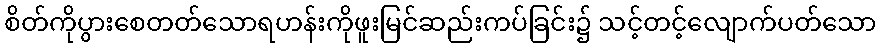
စိတ်ကိုပွားစေတတ်သောရဟန်းကိုဖူးမြင်ဆည်းကပ်ခြင်း၌ သင့်တင့်လျောက်ပတ်သော